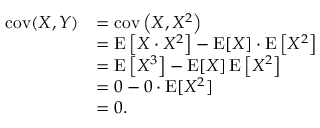
{ \begin{array} { r l } { \operatorname { c o v } ( X , Y ) } & { = \operatorname { c o v } \left( X , X ^ { 2 } \right) } \\ & { = \operatorname { E } \left[ X \cdot X ^ { 2 } \right] - \operatorname { E } [ X ] \cdot \operatorname { E } \left[ X ^ { 2 } \right] } \\ & { = \operatorname { E } \left[ X ^ { 3 } \right] - \operatorname { E } [ X ] \operatorname { E } \left[ X ^ { 2 } \right] } \\ & { = 0 - 0 \cdot \operatorname { E } [ X ^ { 2 } ] } \\ & { = 0 . } \end{array} }